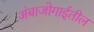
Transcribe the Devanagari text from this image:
अंबाजोगाईतील